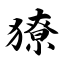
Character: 獠